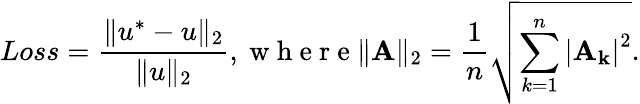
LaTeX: \textit{Loss}=\frac{\| u^{*}-u\| _{2}}{\| u\| _{2}},\mathrm{~w~h~e~r~e~}\| \mathbf{A}\| _{2}=\frac{1}{n}\sqrt{\sum_{k=1}^{n}\left|\mathbf{A}_{\mathbf{k}}\right|^{2}}.